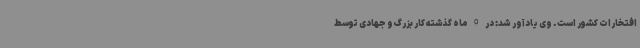
افتخارات کشور است. وی یادآور شد: در 9 ماه گذشته کار بزرگ و جهادی توسط